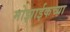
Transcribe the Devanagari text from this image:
मोझाईकच्या